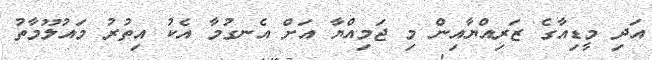
އަދި މީޑިއާގެ ޒަރިއްޔާއިން މި ޖަމިއްޔާ އަށް އެނގުމާ އެކު އިތުރު މައުލޫމާތު